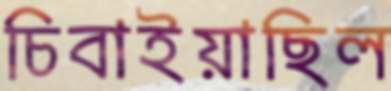
চিবাইয়াছিল